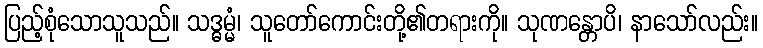
ပြည့်စုံသောသူသည်။ သဒ္ဓမ္မံ၊ သူတော်ကောင်းတို့၏တရားကို။ သုဏန္တောပိ၊ နာသော်လည်း။